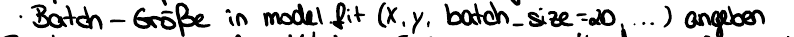
Batch - Größe in model.fit(X, y, batch_size=20, ...) angeben